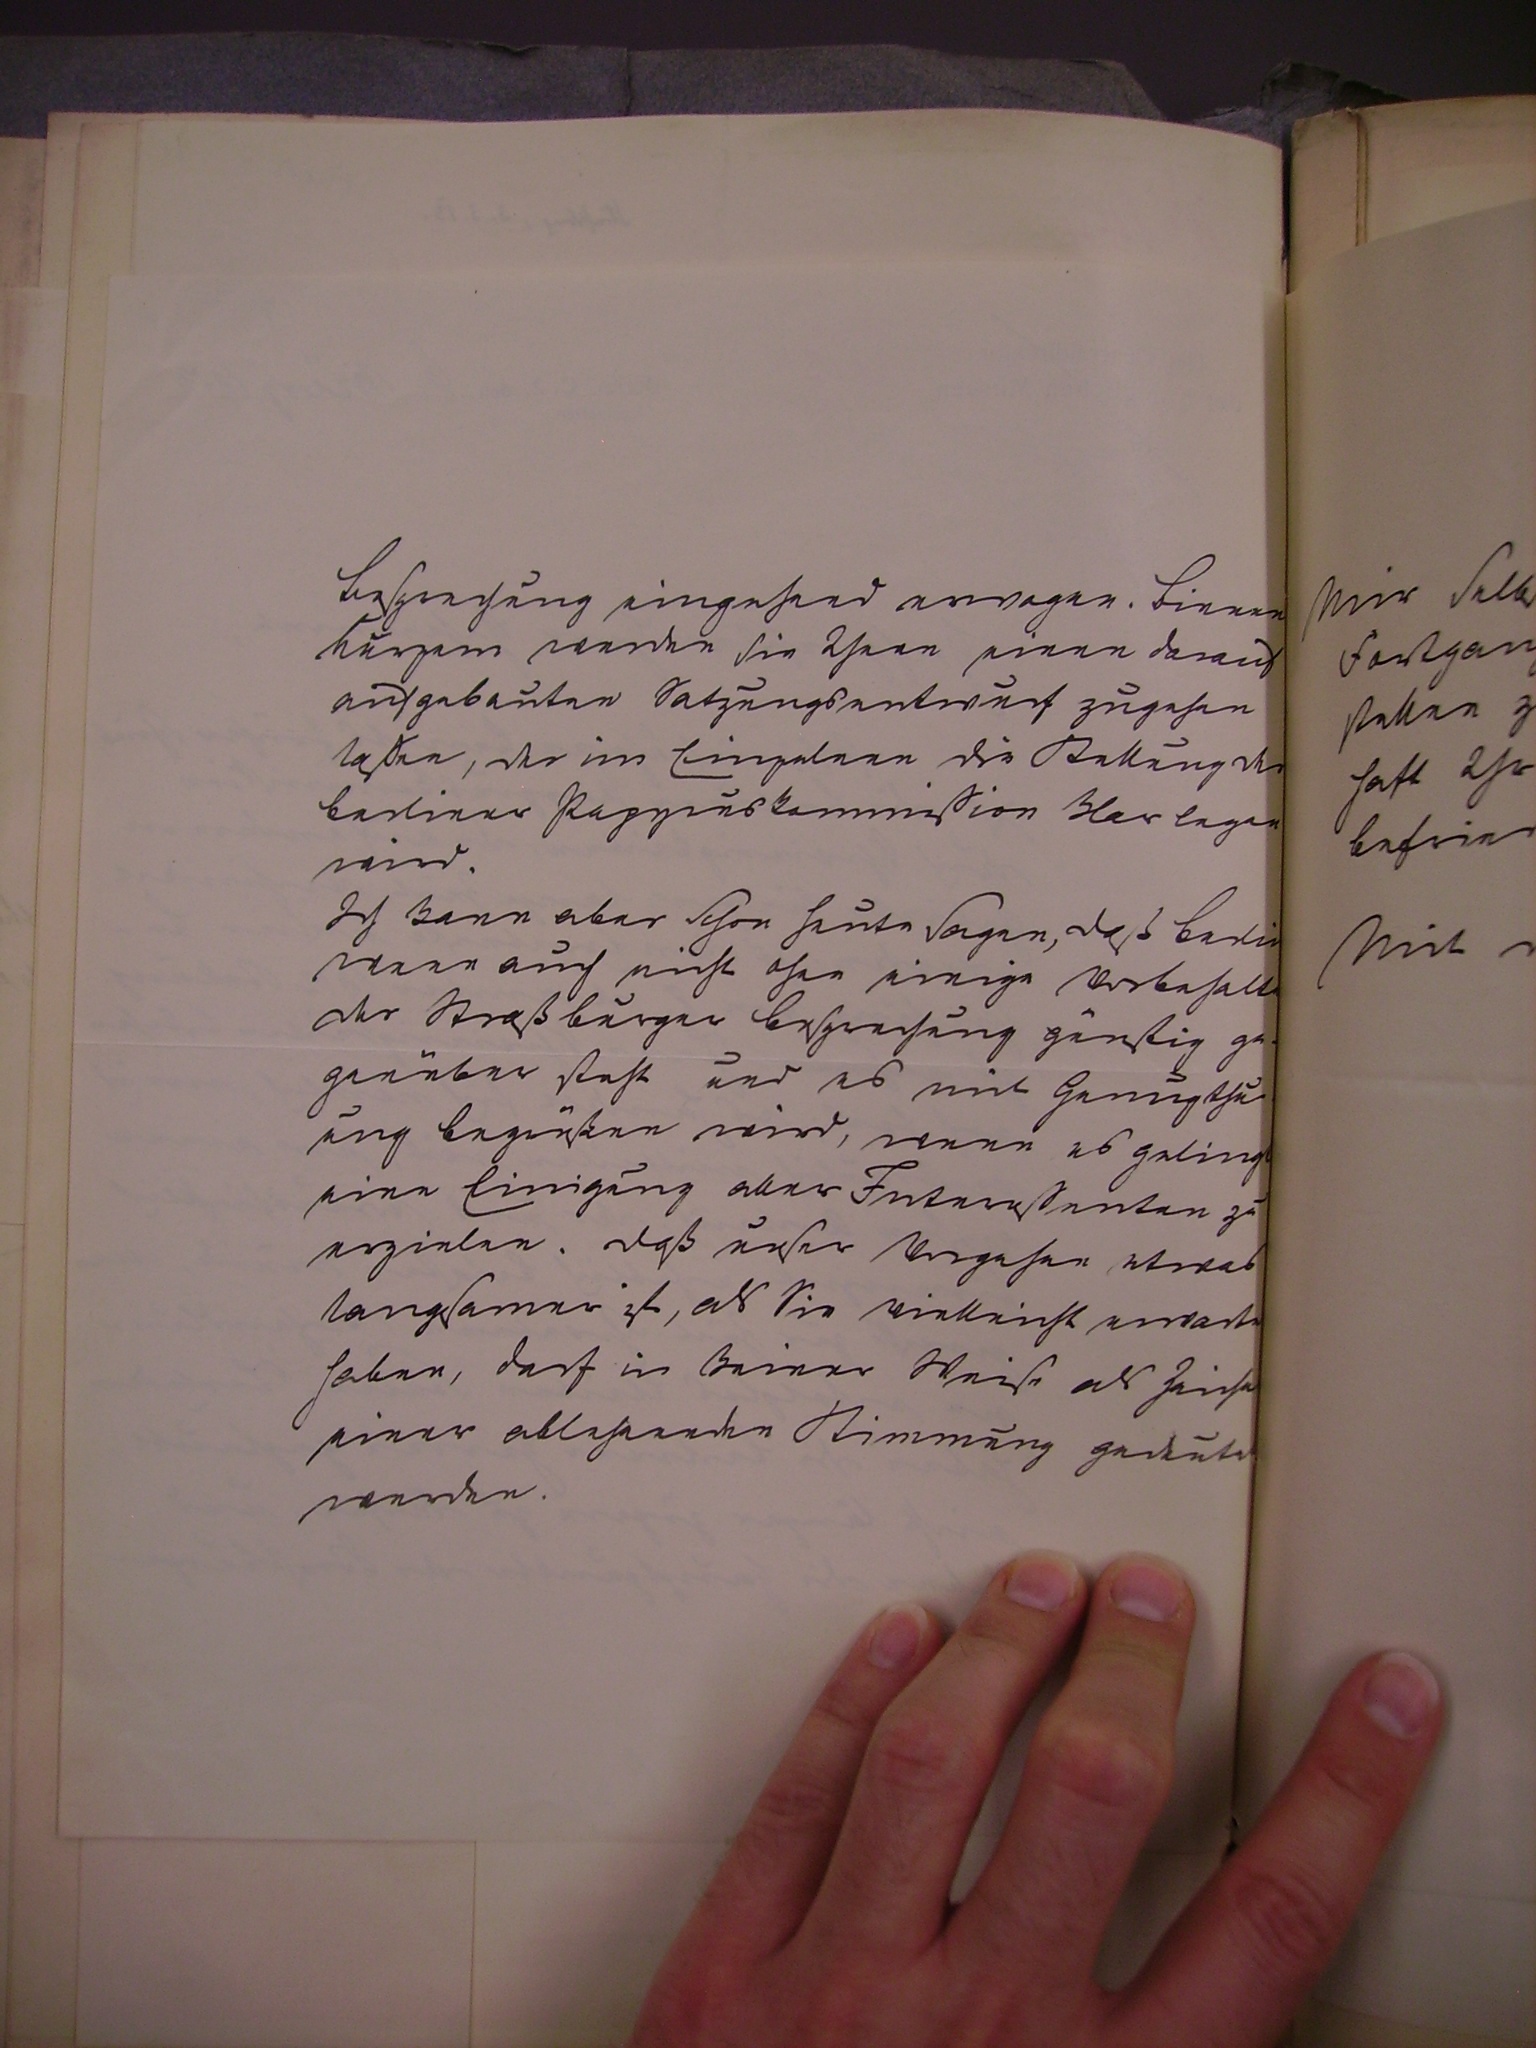
Besprechung eingehend erwogen. Binnen
kurzem werden sie Ihnen einen darauf
aufgebauten Satzungsentwurf zugehen
laßen, der im Einzelnen die Stellung der
berliner Papyruskommission klarlegen
wird.
Ich kann aber schon heute  Sagen, daß berlin
wenn auch nichts ohne einige vorbehalte
der Straßburger Besprechung günstig ge¬
genüber steht und es mit Genugthu¬
ung begrüßen wird, wenn es gelingt
eine Einigung aller Interessenten zu
erzielen. Daß unser Vorgehen etwas
langsamer ist, als sie vielleicht erwate
haben, darf in keiner Weise als Zeiche
einer ablehnenden Stimmung gedeutet
werden.